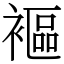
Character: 䙔